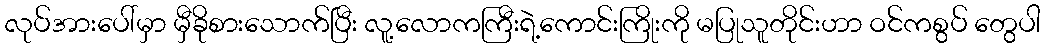
လုပ်အားပေါ်မှာ မှီခိုစားသောက်ပြီး လူ့လောကကြီးရဲ့ကောင်းကြိုးကို မပြုသူတိုင်းဟာ ဝင်ကစွပ် တွေပါ